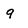
Character: 9